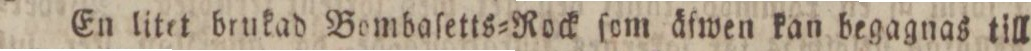
En litet brukad Bombaſetts=Rock ſom äſwen kan begagnas till